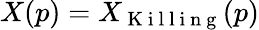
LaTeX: X(p)=X_{\mathrm{~K~i~l~l~i~n~g~}}(p)